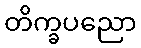
တိက္ခပညော